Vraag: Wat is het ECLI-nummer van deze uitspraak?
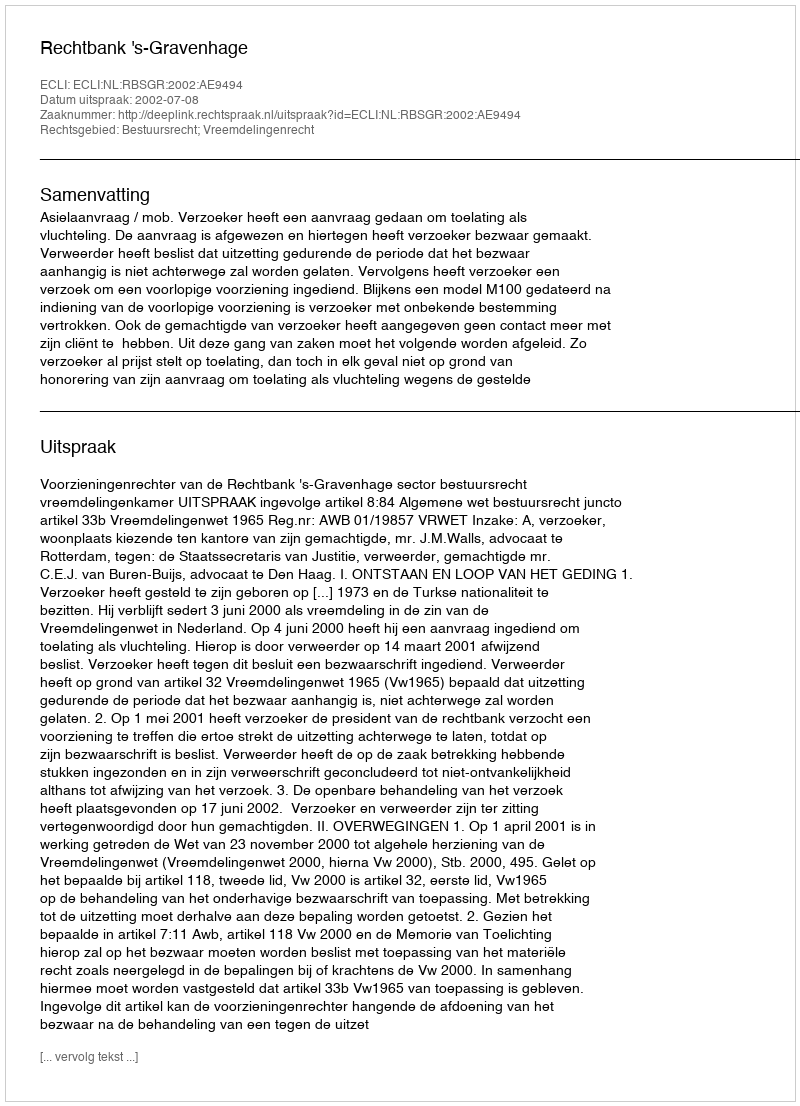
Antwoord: ECLI:NL:RBSGR:2002:AE9494